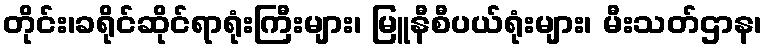
တိုင်း၊ခရိုင်ဆိုင်ရာရုံးကြီးများ၊ မြူနီစီပယ်ရုံးများ၊ မီးသတ်ဌာန၊